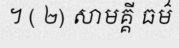
។ ( ២) សាមគ្គី ធម៌